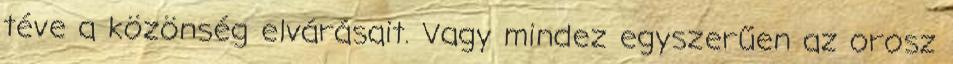
téve a közönség elvárásait. Vagy mindez egyszerűen az orosz